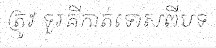
ត្រូវ ទួរគីកាត់ទោសពីបទ